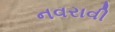
નવરાવી